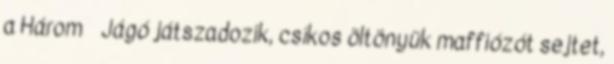
a Három Jágó játszadozik, csíkos öltönyük maffiózót sejtet,